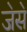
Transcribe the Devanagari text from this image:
ज॓स॓